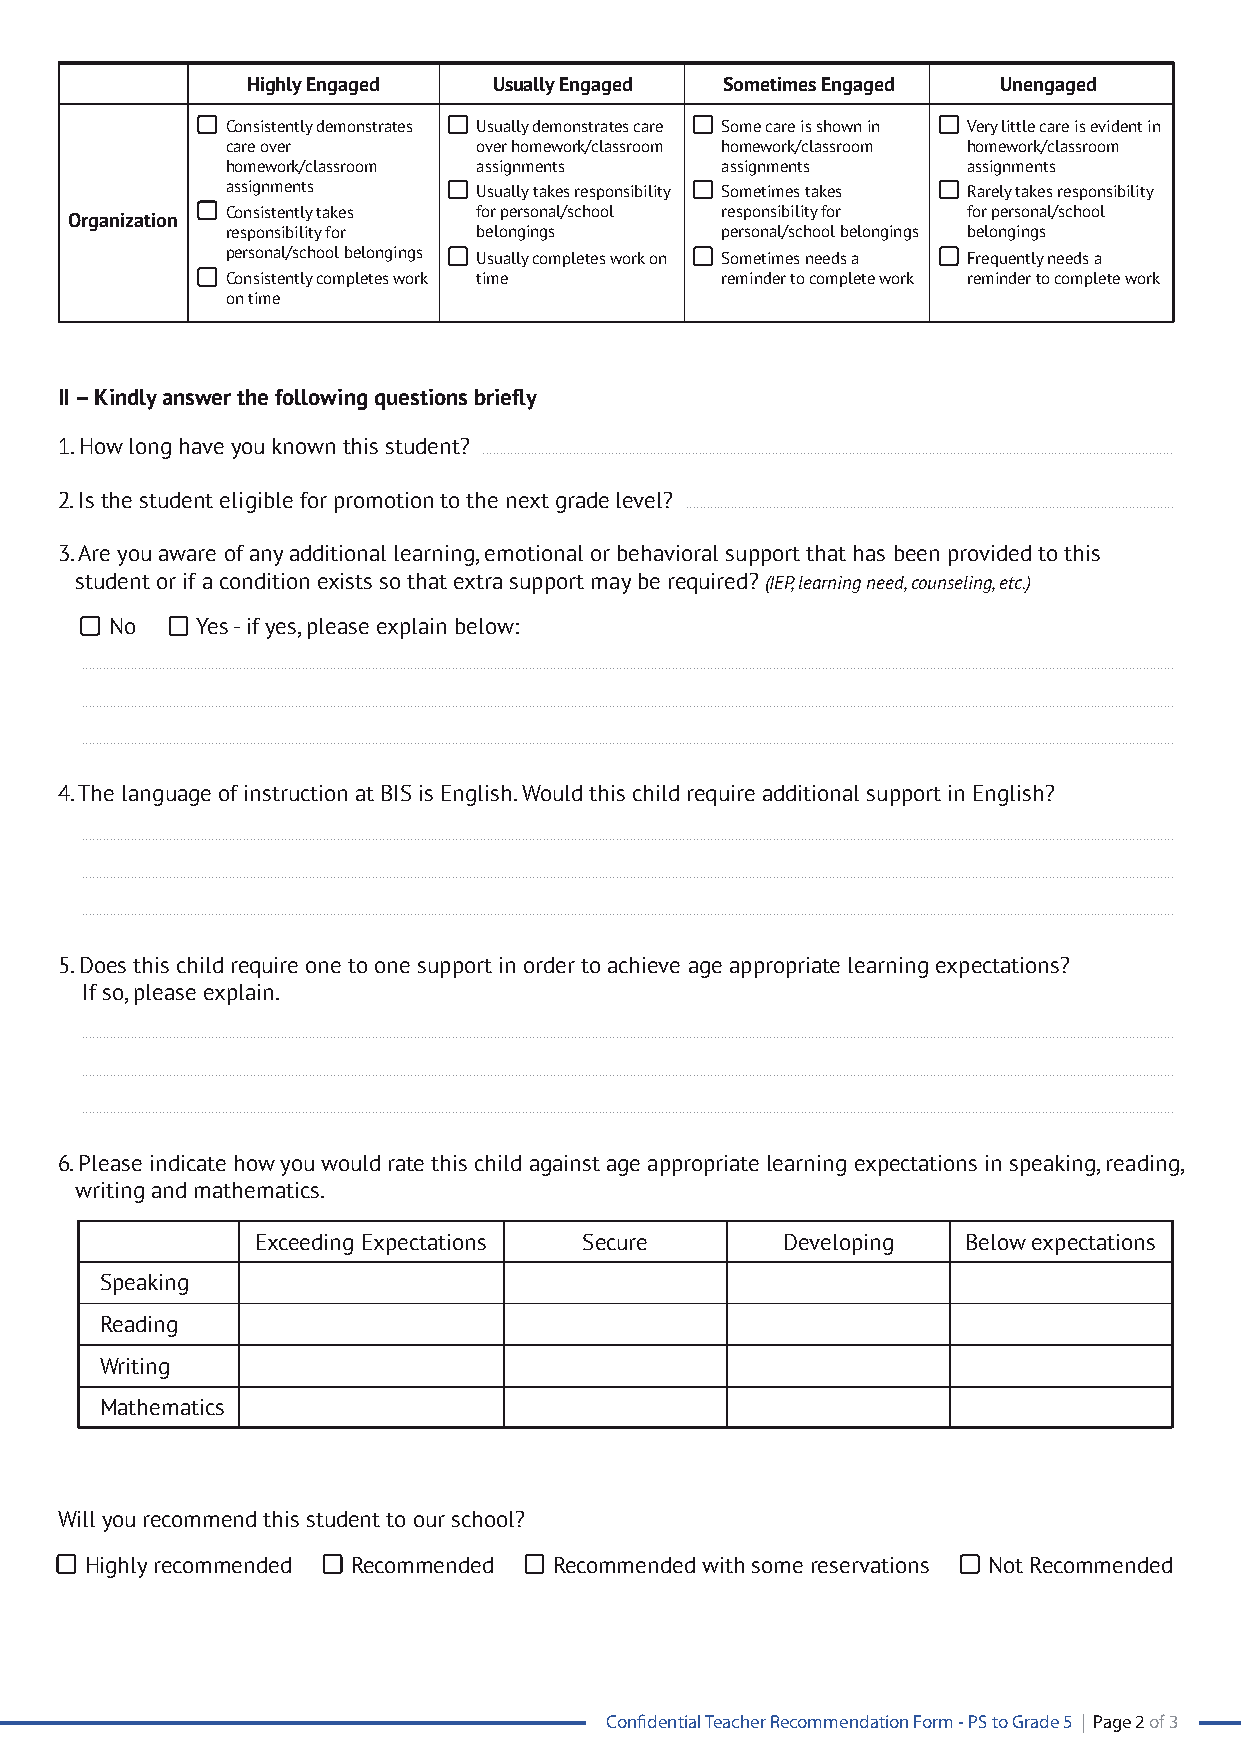
Highly Engaged   Usually Engaged Sometimes Engaged Unengaged
 Consistently demonstrates Usually demonstrates care Some care is shown in Very little care is evident in
 care over        over homework/classroom homework/classroom homework/classroom
 homework/classroom assignments   assignments     assignments
 assignments      Usually takes responsibility Sometimes takes Rarely takes responsibility
 Consistently takes for personal/school responsibility for for personal/school
 Organization
 responsibility for belongings    personal/school belongings belongings
 personal/school belongings Usually completes work on Sometimes needs a Frequently needs a
 Consistently completes work time reminder to complete work reminder to complete work
 on time
 II – Kindly answer the following questions briefly
 1. How long have you known this student?
 ......................................................................................................................................................................................................
 2. Is the student eligible for promotion to the next grade level?
 ............................................................................................................................................
 3. Are you aware of any additional learning, emotional or behavioral support that has been provided to this
 student or if a condition exists so that extra support may be required? (IEP, learning need, counseling, etc.)
 No    Yes - if yes, please explain below:
 .........................................................................................................................................................................................................................................................................................................................
 .........................................................................................................................................................................................................................................................................................................................
 .........................................................................................................................................................................................................................................................................................................................
 4. The language of instruction at BIS is English. Would this child require additional support in English?
 .........................................................................................................................................................................................................................................................................................................................
 .........................................................................................................................................................................................................................................................................................................................
 .........................................................................................................................................................................................................................................................................................................................
 5. Does this child require one to one support in order to achieve age appropriate learning expectations?
 If so, please explain.
 .........................................................................................................................................................................................................................................................................................................................
 .........................................................................................................................................................................................................................................................................................................................
 .........................................................................................................................................................................................................................................................................................................................
 6. Please indicate how you would rate this child against age appropriate learning expectations in speaking, reading,
 writing and mathematics.
 Exceeding Expectations Secure      Developing  Below expectations
 Speaking
 Reading
 Writing
 Mathematics
 Will you recommend this student to our school?
 Highly recommended Recommended Recommended with some reservations Not Recommended
 Confidential Teacher Recommendation Form - PS to Grade 5 | Page 2 of 3